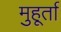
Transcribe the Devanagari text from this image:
मुहूर्ता